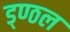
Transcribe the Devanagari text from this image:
ड्ण्ठल